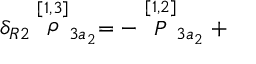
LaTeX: \delta _ { R 2 } \stackrel { [ 1 , 3 ] } { \rho } _ { 3 a _ { 2 } } = - \stackrel { [ 1 , 2 ] } { P } _ { 3 a _ { 2 } } +